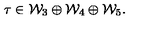
\tau \in { \cal W } _ { 3 } \oplus { \cal W } _ { 4 } \oplus { \cal W } _ { 5 } .